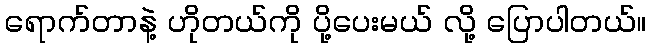
ရောက်တာနဲ့ ဟိုတယ်ကို ပို့ပေးမယ် လို့ ပြောပါတယ်။